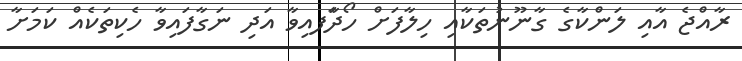
ރާއްޖެ އާއި ލަންކާގެ ގާނޫނުތަކާއި ހިލާފަށް ހޯދާަފއިވާ އަދި ނަގާފައިވާ ހެކިތަކެއް ކަމަށާ